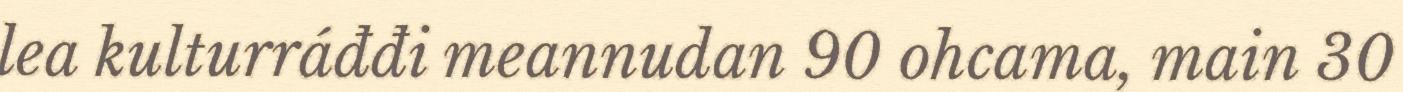
lea kulturráđđi meannudan 90 ohcama, main 30